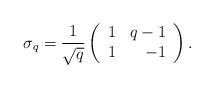
LaTeX: \begin{align*}\sigma_q=\frac{1}{\sqrt{q}}\left(\begin{array}{rr} 1 & q-1 \\ 1 & -1 \end{array}\right).\end{align*}